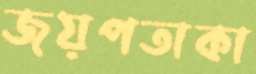
জয়পতাকা